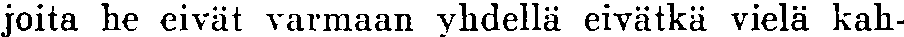
joita he eivät varmaan yhdellä eivätkä vielä kah-